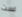
لست